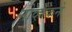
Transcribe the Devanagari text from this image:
नोव्हाकने